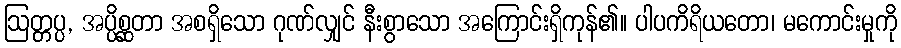
ဩတ္တပ္ပ, အပ္ပိစ္ဆတာ အစရှိသော ဂုဏ်လျှင် နီးစွာသော အကြောင်းရှိကုန်၏။ ပါပကိရိယတော၊ မကောင်းမှုကို